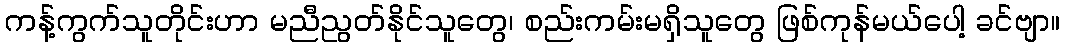
ကန့်ကွက်သူတိုင်းဟာ မညီညွတ်နိုင်သူတွေ၊ စည်းကမ်းမရှိသူတွေ ဖြစ်ကုန်မယ်ပေါ့ ခင်ဗျာ။